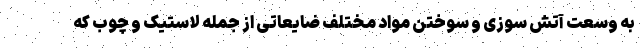
به وسعت آتش سوزی و سوختن مواد مختلف ضایعاتی از جمله لاستیک و چوب که